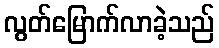
လွတ်မြောက်လာခဲ့သည်